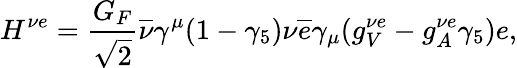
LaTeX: H^{\nu e}=\frac{G_{F}}{\sqrt{2}}\overline{{{\nu}}}\gamma^{\mu}(1-\gamma_{5})\nu\overline{{{e}}}\gamma_{\mu}(g_{V}^{\nu e}-g_{A}^{\nu e}\gamma_{5})e,